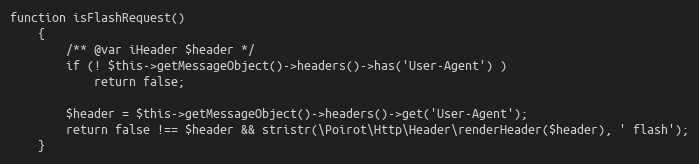
Language: PHP
function isFlashRequest()
    {
        /** @var iHeader $header */
        if (! $this->getMessageObject()->headers()->has('User-Agent') )
            return false;

        $header = $this->getMessageObject()->headers()->get('User-Agent');
        return false !== $header && stristr(\Poirot\Http\Header\renderHeader($header), ' flash');
    }